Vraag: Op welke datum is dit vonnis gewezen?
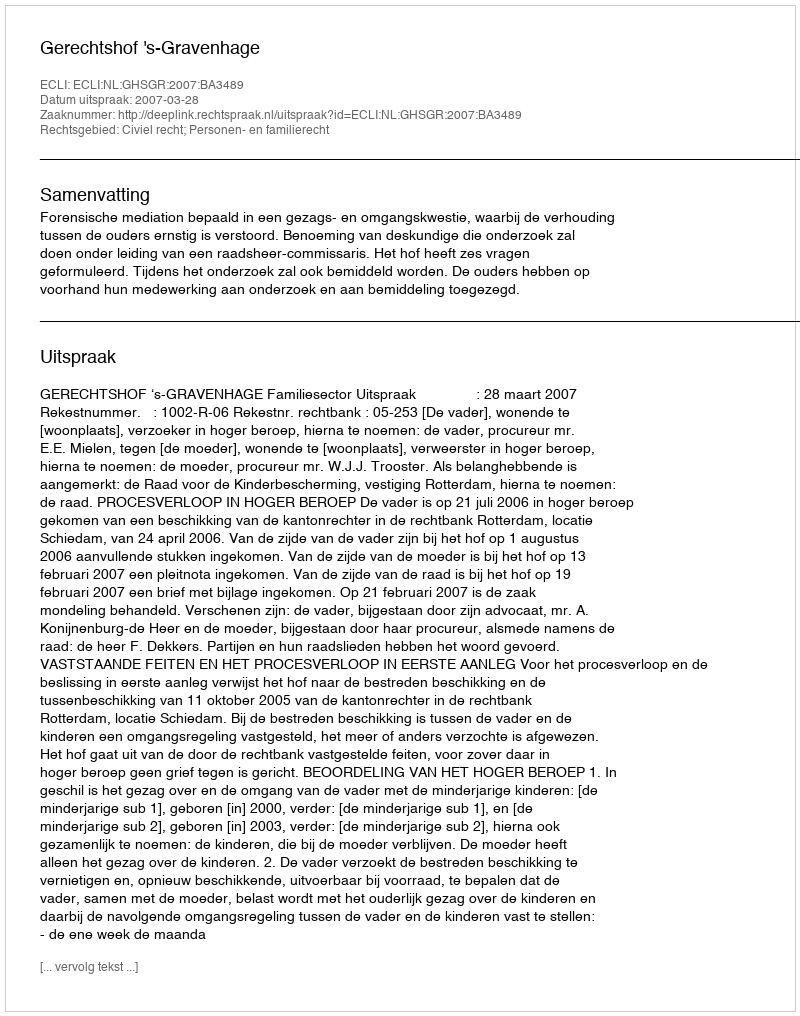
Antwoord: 2007-03-28